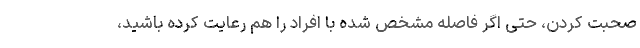
صحبت کردن، حتی اگر فاصله مشخص شده با افراد را هم رعایت کرده باشید،